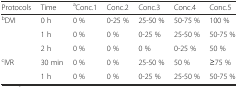
<table><thead><tr><td><b>Protocols</b></td><td><b>Time</b></td><td><b><sup>a</sup>Conc.1</b></td><td><b>Conc.2</b></td><td><b>Conc.3</b></td><td><b>Conc.4</b></td><td><b>Conc.5</b></td></tr></thead><tbody><tr><td><sup>b</sup>DVI</td><td>0 h</td><td>0 %</td><td>0-25 %</td><td>25-50 %</td><td>50-75 %</td><td>100 %</td></tr><tr><td></td><td>1 h</td><td>0 %</td><td>0 %</td><td>0-25 %</td><td>25-50 %</td><td>50-75 %</td></tr><tr><td></td><td>2 h</td><td>0 %</td><td>0 %</td><td>0 %</td><td>0-25 %</td><td>50 %</td></tr><tr><td><sup>c</sup>IVR</td><td>30 min</td><td>0 %</td><td>0 %</td><td>25-50 %</td><td>50 %</td><td>≥75 %</td></tr><tr><td></td><td>1 h</td><td>0 %</td><td>0 %</td><td>0-25 %</td><td>25-50 %</td><td>50-75 %</td></tr></tbody></table>